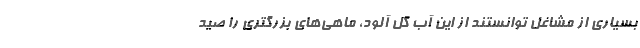
بسیاری از مشاغل توانستند از این آب گل آلود، ماهی‌های بزرگتری را صید